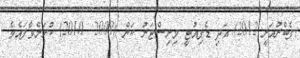
ފެބްރުއަރީ 2012) އަދި ޑެޕިއުޓީ މިނިސްޓަރު ކަން (2008  2010) ކުރަށްވާފައެވެ.